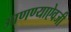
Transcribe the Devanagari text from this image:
आणण्याऐवजी